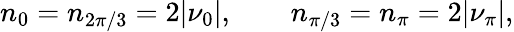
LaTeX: n_{0}=n_{2\pi/3}=2|\nu_{0}|,\qquad n_{\pi/3}=n_{\pi}=2|\nu_{\pi}|,